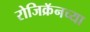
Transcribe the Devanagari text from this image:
रोजिक्रॅनच्या